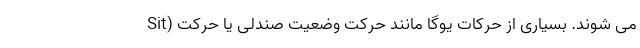
Sit) می شوند. بسیاری از حرکات یوگا مانند حرکت وضعیت صندلی یا حرکت